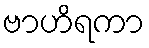
ဗာဟိရကာ